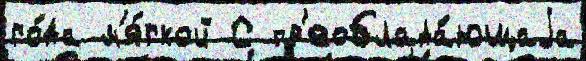
го́да м'я́гкой С пр'еоблада́ющаjа